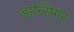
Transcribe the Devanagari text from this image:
डान्सिगर